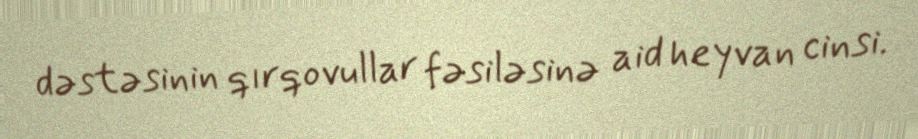
dəstəsinin qırqovullar fəsiləsinə aid heyvan cinsi.